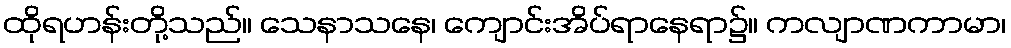
ထိုရဟန်းတို့သည်။ သေနာသနေ၊ ကျောင်းအိပ်ရာနေရာ၌။ ကလျာဏကာမာ၊